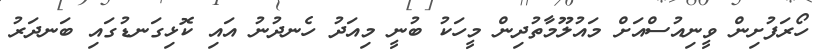
ހޯރަފުށިން ވީނިއުސްއަށް މައުލޫމާތުދިން މީހަކު ބުނީ މިއަދު ހެނދުނު އައި ކޮޅިގަނޑުގައި ބަނދަރު